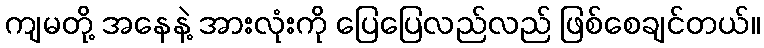
ကျမတို့ အနေနဲ့ အားလုံးကို ပြေပြေလည်လည် ဖြစ်စေချင်တယ်။